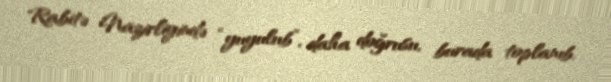
Rabitə Nazirliyində “yuyulub”, daha doğrusu, burada toplanıb.